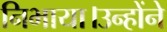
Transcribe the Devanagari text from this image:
निभाया।उन्होंने